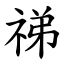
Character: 祶